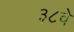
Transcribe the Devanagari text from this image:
३८वें